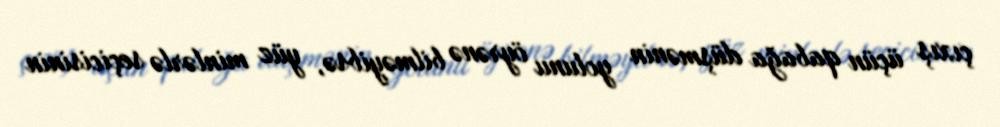
çıxış üçün qabağa düşmənin yolunu öyrənə bilməyibsə, yüz minlərlə seçicisinin